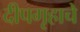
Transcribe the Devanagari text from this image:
दीपगृहाचे